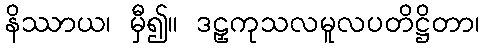
နိဿာယ၊ မှီ၍။ ဒဠှကုသလမူလပတိဋ္ဌိတာ၊